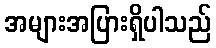
အများအပြားရှိပါသည်